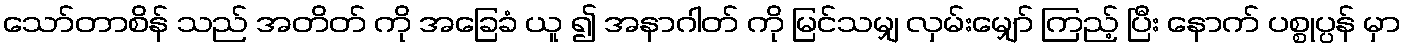
သော်တာစိန် သည် အတိတ် ကို အခြေခံ ယူ ၍ အနာဂါတ် ကို မြင်သမျှ လှမ်းမျှော် ကြည့် ပြီး နောက် ပစ္စုပ္ပန် မှာ